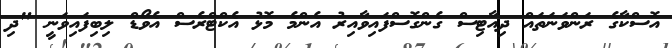
އޮސްކާގެ ރަންވަނަތައް ދިއާޓިސް ގެންގޮސްފައިވާއިރު އެންމެ މޮޅު އެކްޓްރެސް އެވޯޑް ލިބިފައިވަނީ "ދި